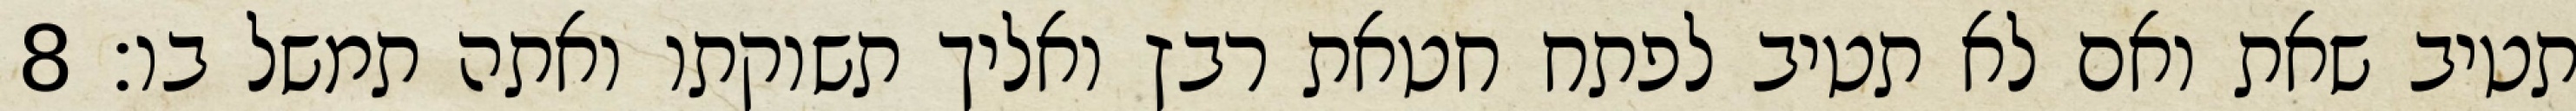
תטיב שאת ואם לא תטיב לפתח חטאת רבץ ואליך תשוקתו ואתה תמשל בו׃ ‎8‏